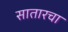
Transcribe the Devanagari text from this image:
सातारचा